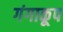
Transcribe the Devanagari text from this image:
गंगाकूप